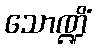
သောဏ္ဍိံ